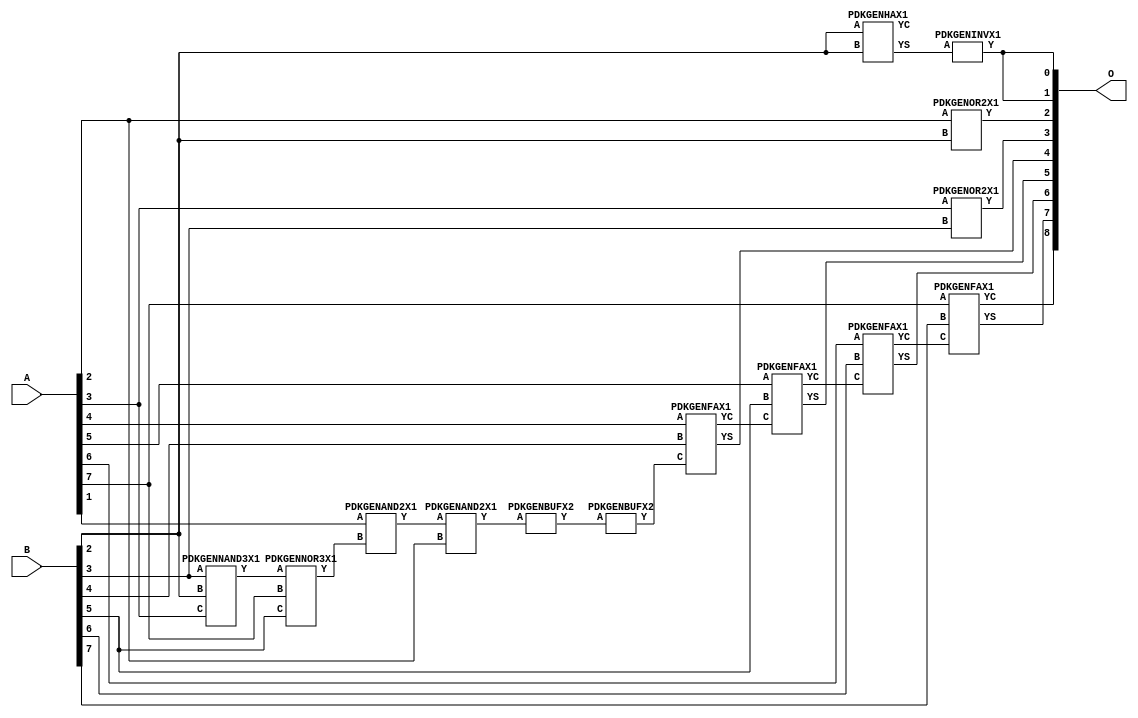
// Library = EvoApprox8b
// Circuit = add8_414
// Area   (180) = 852
// Delay  (180) = 1.540
// Power  (180) = 173.40
// Area   (45) = 61
// Delay  (45) = 0.570
// Power  (45) = 17.23
// Nodes = 14
// HD = 183456
// MAE = 3.62500
// MSE = 25.25000
// MRE = 1.86 %
// WCE = 15
// WCRE = 300 %
// EP = 85.9 %

module add8_414(A, B, O);
  input [7:0] A;
  input [7:0] B;
  output [8:0] O;
  wire [2031:0] N;

  assign N[0] = A[0];
  assign N[1] = A[0];
  assign N[2] = A[1];
  assign N[3] = A[1];
  assign N[4] = A[2];
  assign N[5] = A[2];
  assign N[6] = A[3];
  assign N[7] = A[3];
  assign N[8] = A[4];
  assign N[9] = A[4];
  assign N[10] = A[5];
  assign N[11] = A[5];
  assign N[12] = A[6];
  assign N[13] = A[6];
  assign N[14] = A[7];
  assign N[15] = A[7];
  assign N[16] = B[0];
  assign N[17] = B[0];
  assign N[18] = B[1];
  assign N[19] = B[1];
  assign N[20] = B[2];
  assign N[21] = B[2];
  assign N[22] = B[3];
  assign N[23] = B[3];
  assign N[24] = B[4];
  assign N[25] = B[4];
  assign N[26] = B[5];
  assign N[27] = B[5];
  assign N[28] = B[6];
  assign N[29] = B[6];
  assign N[30] = B[7];
  assign N[31] = B[7];

  PDKGENNAND3X1 n32(.A(N[22]), .B(N[20]), .C(N[6]), .Y(N[32]));
  assign N[33] = N[32];
  PDKGENHAX1 n40(.A(N[20]), .B(N[20]), .YS(N[40]), .YC(N[41]));
  PDKGENNOR3X1 n48(.A(N[33]), .B(N[14]), .C(N[26]), .Y(N[48]));
  PDKGENAND2X1 n52(.A(N[2]), .B(N[48]), .Y(N[52]));
  assign N[53] = N[52];
  PDKGENAND2X1 n74(.A(N[53]), .B(N[4]), .Y(N[74]));
  PDKGENBUFX2 n78(.A(N[74]), .Y(N[78]));
  PDKGENINVX1 n126(.A(N[40]), .Y(N[126]));
  assign N[127] = N[126];
  PDKGENOR2X1 n132(.A(N[4]), .B(N[20]), .Y(N[132]));
  PDKGENOR2X1 n182(.A(N[6]), .B(N[22]), .Y(N[182]));
  PDKGENBUFX2 n212(.A(N[78]), .Y(N[212]));
  PDKGENFAX1 n232(.A(N[8]), .B(N[24]), .C(N[212]), .YS(N[232]), .YC(N[233]));
  PDKGENFAX1 n282(.A(N[10]), .B(N[26]), .C(N[233]), .YS(N[282]), .YC(N[283]));
  PDKGENFAX1 n332(.A(N[12]), .B(N[28]), .C(N[283]), .YS(N[332]), .YC(N[333]));
  PDKGENFAX1 n382(.A(N[14]), .B(N[30]), .C(N[333]), .YS(N[382]), .YC(N[383]));

  assign O[0] = N[127];
  assign O[1] = N[126];
  assign O[2] = N[132];
  assign O[3] = N[182];
  assign O[4] = N[232];
  assign O[5] = N[282];
  assign O[6] = N[332];
  assign O[7] = N[382];
  assign O[8] = N[383];

endmodule
/* mod */
module PDKGENFAX1( input A, input B, input C, output YS, output YC );
    assign YS = (A ^ B) ^ C;
    assign YC = (A & B) | (B & C) | (A & C);
endmodule
/* mod */
module PDKGENAND2X1(input A, input B, output Y );
     assign Y = A & B;
endmodule
/* mod */
module PDKGENNOR3X1(input A, input B, input C, output Y );
     assign Y = ~((A | B) | C);
endmodule
/* mod */
module PDKGENHAX1( input A, input B, output YS, output YC );
    assign YS = A ^ B;
    assign YC = A & B;
endmodule
/* mod */
module PDKGENINVX1(input A, output Y );
     assign Y = ~A;
endmodule
/* mod */
module PDKGENNAND3X1(input A, input B, input C, output Y );
     assign Y = ~((A & B) & C);
endmodule
/* mod */
module PDKGENBUFX2(input A, output Y );
     assign Y = A;
endmodule
/* mod */
module PDKGENOR2X1(input A, input B, output Y );
     assign Y = A | B;
endmodule